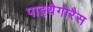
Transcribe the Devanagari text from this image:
पाइथैगोरैस